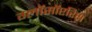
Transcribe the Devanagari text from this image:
ग्लॉसॉप्टरिस